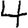
Digit: 4